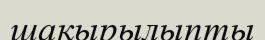
шақырылыпты